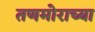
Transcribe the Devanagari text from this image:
तणमोराच्या